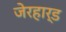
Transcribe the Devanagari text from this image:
जेरहार्ड